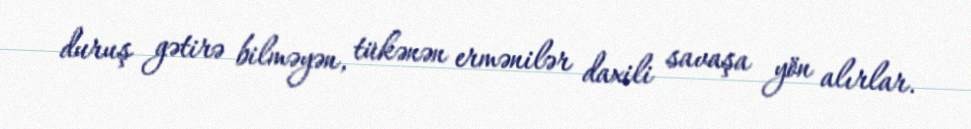
duruş gətirə bilməyən, tükənən ermənilər daxili savaşa yön alırlar.